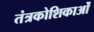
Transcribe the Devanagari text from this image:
तंत्रकोशिकाओं